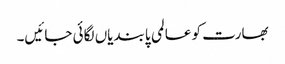
بھارت کو عالمی پابندیاں لگائی جائیں۔